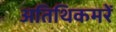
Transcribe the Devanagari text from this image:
अतिथिकमरें